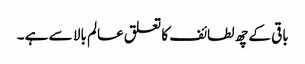
باقی کے چھ لطائف کا تعلق عالم بالا سے ہے ۔